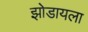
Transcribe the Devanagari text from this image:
झोडायला